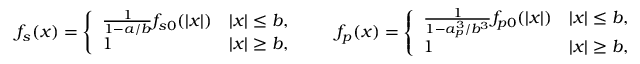
f _ { s } ( x ) = \left\{ \begin{array} { l l } { \frac { 1 } { 1 - a / b } f _ { s 0 } ( | x | ) } & { | x | \leq b , } \\ { 1 } & { | x | \geq b , } \end{array} \right. \qquad f _ { p } ( x ) = \left\{ \begin{array} { l l } { \frac { 1 } { 1 - a _ { p } ^ { 3 } / b ^ { 3 } } f _ { p 0 } ( | x | ) } & { | x | \leq b , } \\ { 1 } & { | x | \geq b , } \end{array} \right.